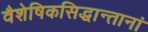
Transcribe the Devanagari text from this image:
वैशेषिकसिद्धान्तानां